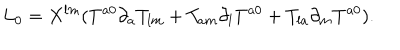
LaTeX: L _ { 0 } = X ^ { l m } ( T ^ { a 0 } \partial _ { a } T _ { l m } + T _ { a m } \partial _ { l } T ^ { a 0 } + T _ { l a } \partial _ { m } T ^ { a 0 } ) .